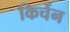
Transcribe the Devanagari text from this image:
किर्चेन